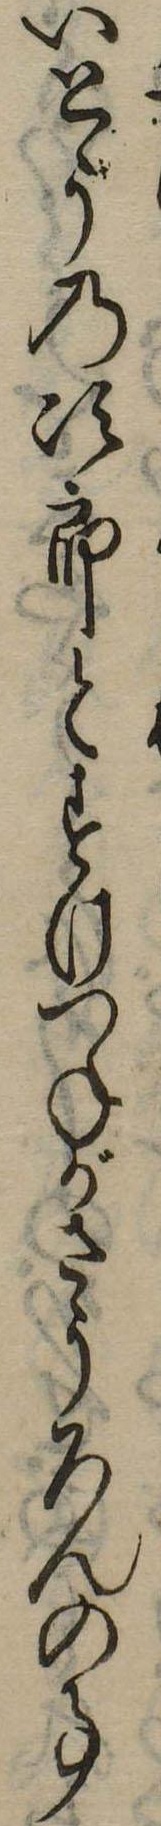
いとうの次郎とすけつねがさうろんの事